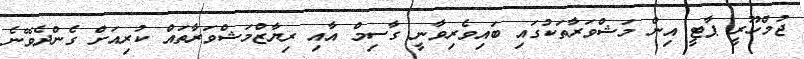
ޖުމްހޫރީ ޕާޓީ އިން މަޝްވަރާތަކުގައި ބައިވެރިވާނީ ގާސިމް އާއި ރިޔާޒްމަޝްވަރާތައް ކުރިއަށް ގެންދެވޭނެ